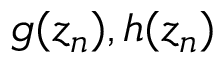
g ( z _ { n } ) , h ( z _ { n } )